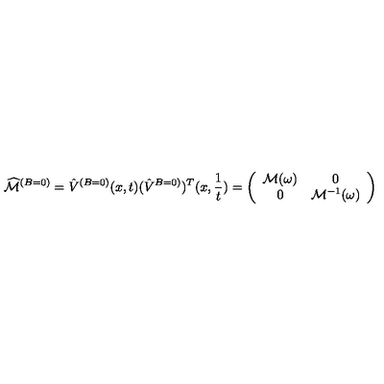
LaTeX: \widehat { { \cal M } } ^ { ( B = 0 ) } = \hat { V } ^ { ( B = 0 ) } ( x , t ) ( \hat { V } ^ { B = 0 ) } ) ^ { T } ( x , { \frac { 1 } { t } } ) = \left( \begin{array} { c c } { { \cal M } ( \omega ) } & { 0 } \\ { 0 } & { { \cal M } ^ { - 1 } ( \omega ) } \\ \end{array} \right)